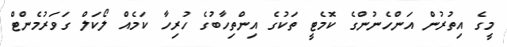
މީގެ އިތުރުން އަންހެނުންގެ ކޮމެޓީ ތަކުގެ އިންތިހާބުގެ ހުރިހާ ކަމެއް ލޯކަލް ގަވަރުމެންޓް